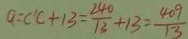
a = C ^ { \prime } C + 1 3 = \frac { 2 4 0 } { 1 3 } + 1 3 = \frac { 4 0 9 } { 1 3 }